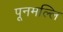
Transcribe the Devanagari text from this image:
पूनमल्लि